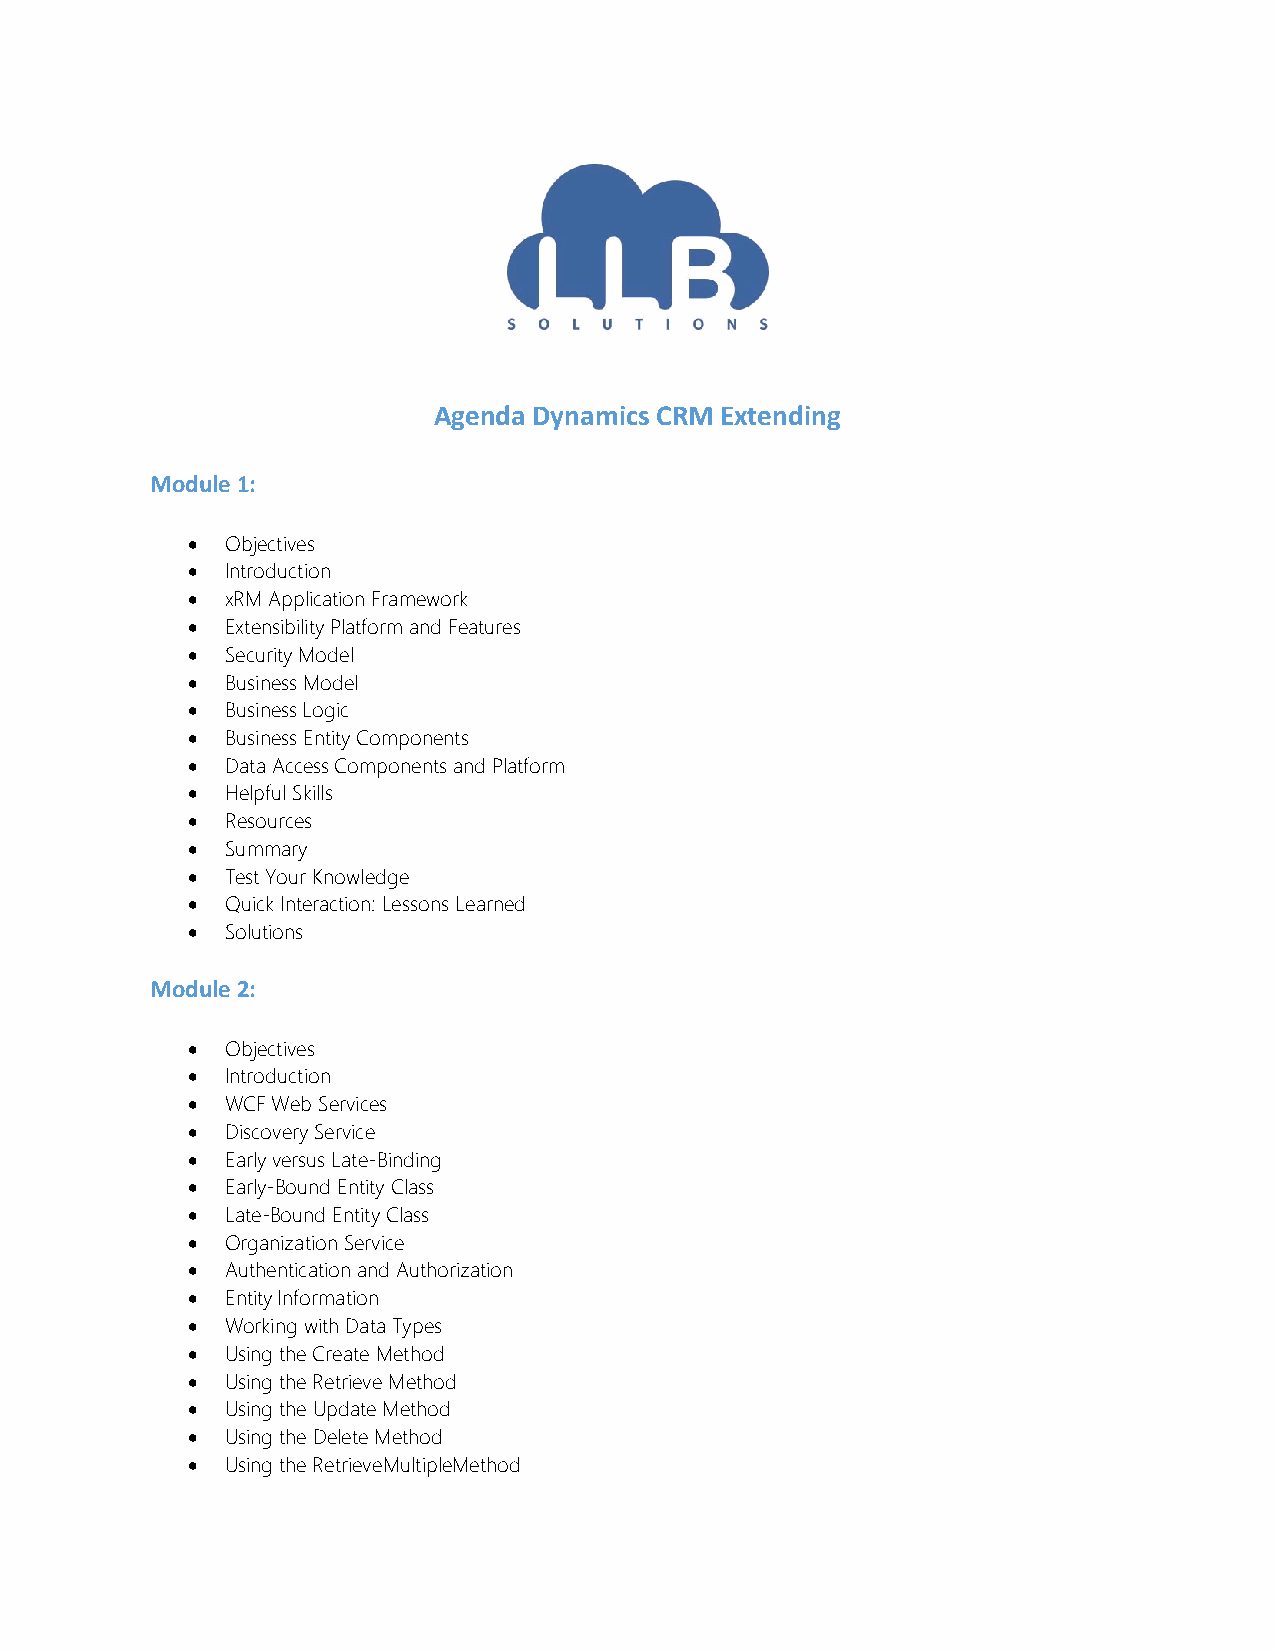
Agenda Dynamics CRM Extending
 Module 1:
 •  Objectives
 •  Introduction
 •  xRM Application Framework
 •  Extensibility Platform and Features
 •  Security Model
 •  Business Model
 •  Business Logic
 •  Business Entity Components
 •  Data Access Components and Platform
 •  Helpful Skills
 •  Resources
 •  Summary
 •  Test Your Knowledge
 •  Quick Interaction: Lessons Learned
 •  Solutions
 Module 2:
 •  Objectives
 •  Introduction
 •  WCF Web Services
 •  Discovery Service
 •  Early versus Late-Binding
 •  Early-Bound Entity Class
 •  Late-Bound Entity Class
 •  Organization Service
 •  Authentication and Authorization
 •  Entity Information
 •  Working with Data Types
 •  Using the Create Method
 •  Using the Retrieve Method
 •  Using the Update Method
 •  Using the Delete Method
 •  Using the RetrieveMultipleMethod